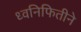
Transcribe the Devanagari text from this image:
ध्वनिफितीने